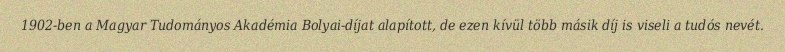
1902-ben a Magyar Tudományos Akadémia Bolyai-díjat alapított, de ezen kívül több másik díj is viseli a tudós nevét.